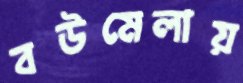
বউমেলায়